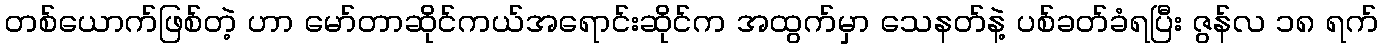
တစ်ယောက်ဖြစ်တဲ့ ဟာ မော်တာဆိုင်ကယ်အရောင်းဆိုင်က အထွက်မှာ သေနတ်နဲ့ ပစ်ခတ်ခံရပြီး ဇွန်လ ၁၈ ရက်